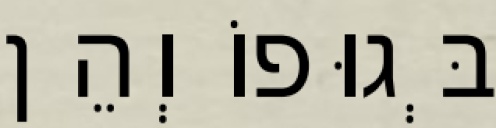
בְּגוּפוֹ וְהֵן